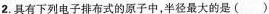
2.具有下列电子排布式的原子中,半径最大的是()